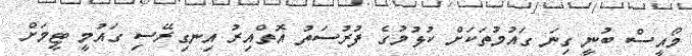
މޯއީސް ބުނީ ގިނަ ގައުމުތަކަށް ކުޅުމުގެ ފުރުސަތު އޮތްއިރު އިނގިރޭސި ގައުމީ ޓީމަށް